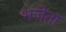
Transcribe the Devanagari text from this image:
भजेता